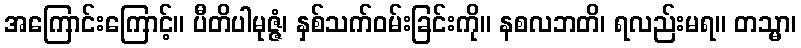
အကြောင်းကြောင့်။ ပီတိပါမုဇ္ဇံ၊ နှစ်သက်ဝမ်းခြင်းကို။ နစလဘတိ၊ ရလည်းမရ။ တသ္မာ၊